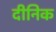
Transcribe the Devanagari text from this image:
दीनिक